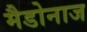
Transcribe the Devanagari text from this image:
मैडोनाज